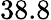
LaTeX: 38.8